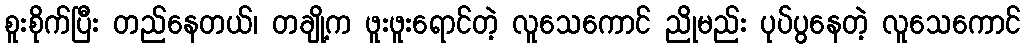
စူးစိုက်ပြီး တည်နေတယ်၊ တချို့က ဖူးဖူးရောင်တဲ့ လူသေကောင် ညိုမည်း ပုပ်ပွနေတဲ့ လူသေကောင်